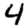
Digit: 4